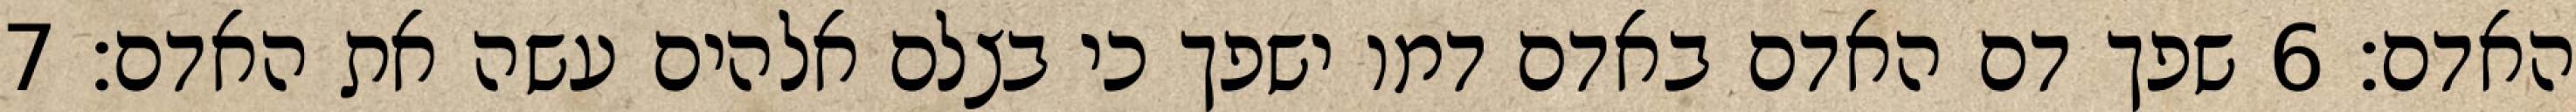
האדם׃ ‎6‏ שפך דם האדם באדם דמו ישפך כי בצלם אלהים עשה את האדם׃ ‎7‏